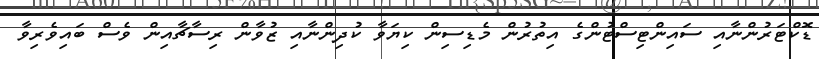
ޑޮކްޓަރުންނާއި ސައިންޓިސްޓުންގެ އިތުރުން މެޑިސިން ކިޔަވާ ކުދިންނާއި ޒުވާން ރިސާޗާއިން ވެސް ބައިވެރިވާ